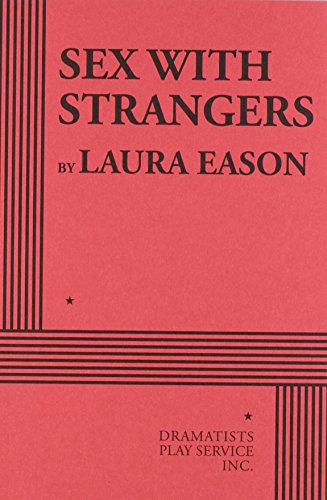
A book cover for Sex With Strangers; Laura Eason; Literature & Fiction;